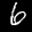
Label: 6